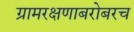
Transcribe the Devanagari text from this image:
ग्रामरक्षणाबरोबरच